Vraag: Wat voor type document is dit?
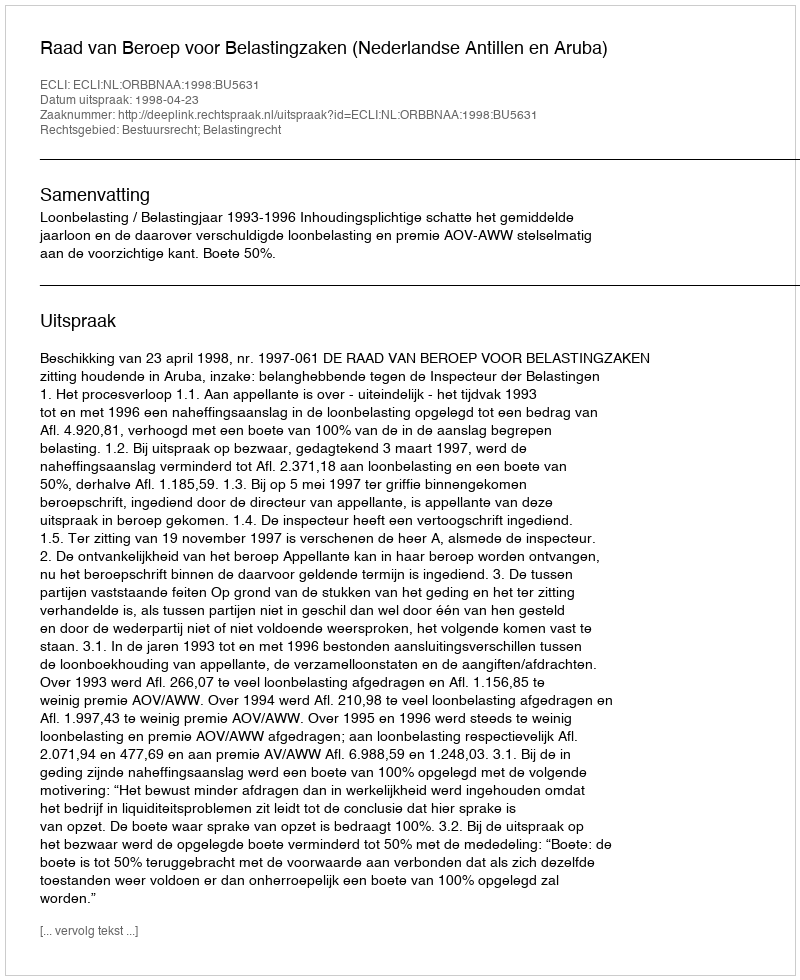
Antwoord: Uitspraak